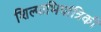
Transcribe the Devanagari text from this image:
शिल्पाभियांत्रिकी